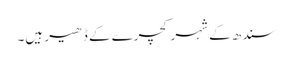
سندھ کے شہر کچرے کے ڈھیر ہیں۔